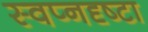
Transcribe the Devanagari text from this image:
स्‍वप्नदृष्‍टा